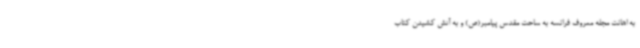
به اهانت مجله معروف فرانسه به ساحت مقدس پیامبر(ص) و به آتش کشیدن کتاب